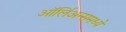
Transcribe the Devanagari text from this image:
ऑर्लिअन्समध्ये